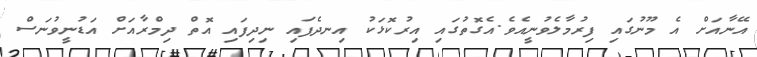
އޭނާއަށް އެ މޫނުގައި ފިރުމާލެވުނީއެވެ.އެގޮތުގައި އިރުކޮޅަކު އިނދެފައި ނިދިފައި އޮތް ދިމްރާއަށް އަޑުނީވުނަސް